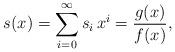
LaTeX: \begin{align*}s(x)= \sum_{i=0}^{\infty} s_i \, x^i = \frac{g(x)}{f(x)},\end{align*}